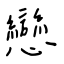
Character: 戀